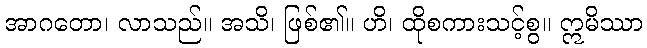
အာဂတော၊ လာသည်။ အသိ၊ ဖြစ်၏။ ဟိ၊ ထိုစကားသင့်စွ။ ဣမိဿာ